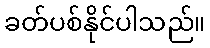
ခတ်ပစ်နိုင်ပါသည်။